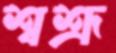
শ্বশ্রূ